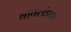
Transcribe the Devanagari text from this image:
थायलंडला